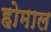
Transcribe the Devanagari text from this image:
होमाल